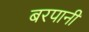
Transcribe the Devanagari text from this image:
बरपानी